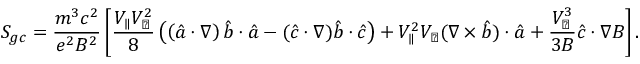
S _ { g c } = \frac { m ^ { 3 } c ^ { 2 } } { e ^ { 2 } B ^ { 2 } } \left[ \frac { V _ { \parallel } V _ { \perp } ^ { 2 } } { 8 } \left( \left( \hat { a } \boldsymbol { \cdot } \nabla \right) \hat { b } \boldsymbol { \cdot } \hat { a } - ( \hat { c } \boldsymbol { \cdot } \nabla ) \hat { b } \boldsymbol { \cdot } \hat { c } \right) + V _ { \parallel } ^ { 2 } V _ { \perp } ( \nabla \times \hat { b } ) \boldsymbol { \cdot } \hat { a } + \frac { V _ { \perp } ^ { 3 } } { 3 B } \hat { c } \boldsymbol { \cdot } \nabla B \right] .